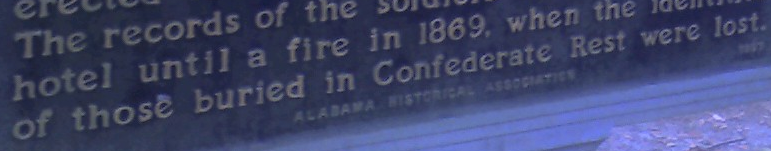
of those buried in Confederate Rest were lost.